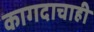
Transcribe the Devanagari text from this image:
कागदाचाही